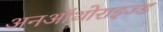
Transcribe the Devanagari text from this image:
अनऑथोराइज्ड